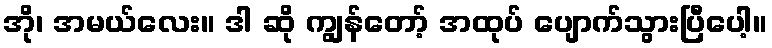
အို၊ အမယ်လေး။ ဒါ ဆို ကျွန်တော့် အထုပ် ပျောက်သွားပြီပေါ့။